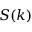
S ( k )